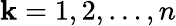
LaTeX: \mathbf{k}=1,2,\ldots,n